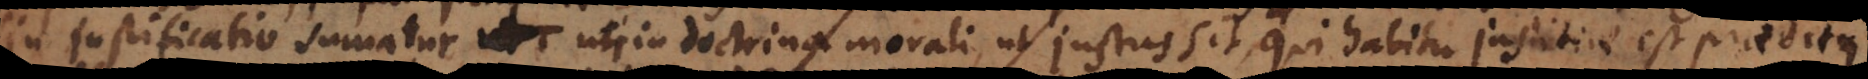
Sin justificatio sumatur, uti in doctrina morali, ut justus sit, qui habitu justitiae est praeditus,